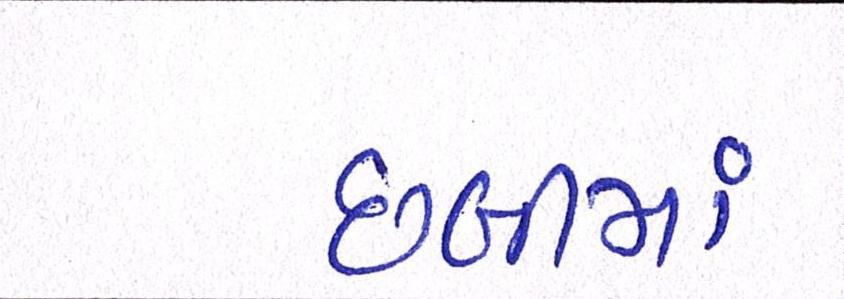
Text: છબીમાં